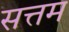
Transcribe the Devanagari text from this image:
सत्तम